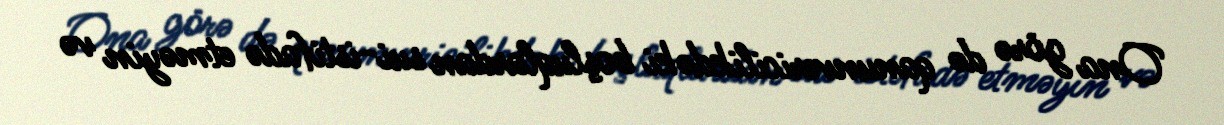
Ona görə də qanunvericilikdəki boşluqlardan sui-istifadə etməyin və